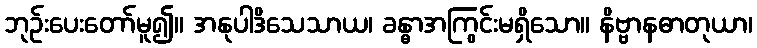
ဘုဉ်းပေးတော်မူ၍။ အနုပါဒိသေသာယ၊ ခန္ဓာအကြွင်းမရှိသော။ နိဗ္ဗာနဓာတုယာ၊